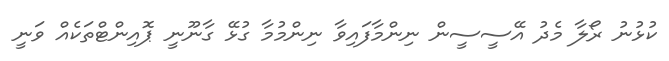
ކުޅުނު ރޯލާ މެދު އޭސީސީން ނިންމާފައިވާ ނިންމުމާ ގުޅޭ ގާނޫނީ ޕޮއިންޓްތަކެއް ވަނީ